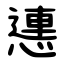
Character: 㦁